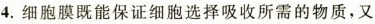
4.细胞膜既能保证细胞选择吸收所需的物质，又